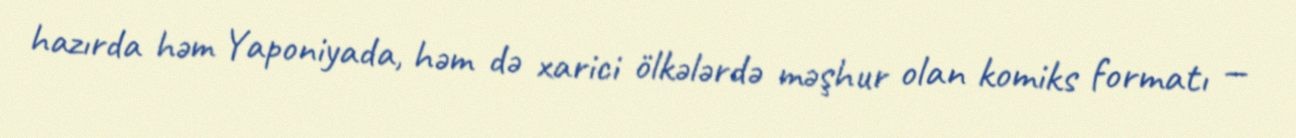
hazırda həm Yaponiyada, həm də xarici ölkələrdə məşhur olan komiks formatı —